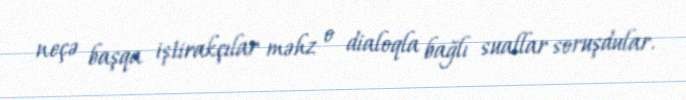
neçə başqa iştirakçılar məhz o dialoqla bağlı suallar soruşdular.